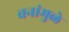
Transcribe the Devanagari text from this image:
वनांमुळे